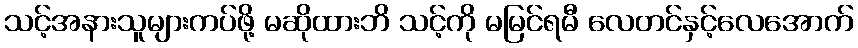
သင့်အနားသူများကပ်ဖို့ မဆိုထားဘိ သင့်ကို မမြင်ရမီ လေတင်နှင့်လေအောက်